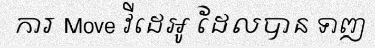
ការ Move វីដេអូ ដែលបាន ទាញ